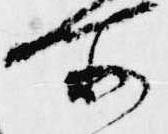
所